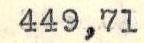
449,71